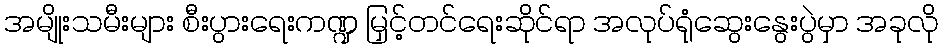
အမျိုးသမီးများ စီးပွားရေးကဏ္ဍ မြှင့်တင်ရေးဆိုင်ရာ အလုပ်ရုံဆွေးနွေးပွဲမှာ အခုလို